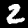
Digit: 2